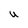
Character: U